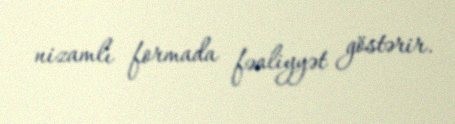
nizamlı formada fəaliyyət göstərir.